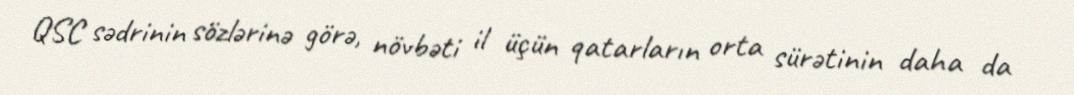
QSC sədrinin sözlərinə görə, növbəti il üçün qatarların orta sürətinin daha da